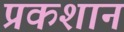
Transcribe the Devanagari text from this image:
प्रकशान